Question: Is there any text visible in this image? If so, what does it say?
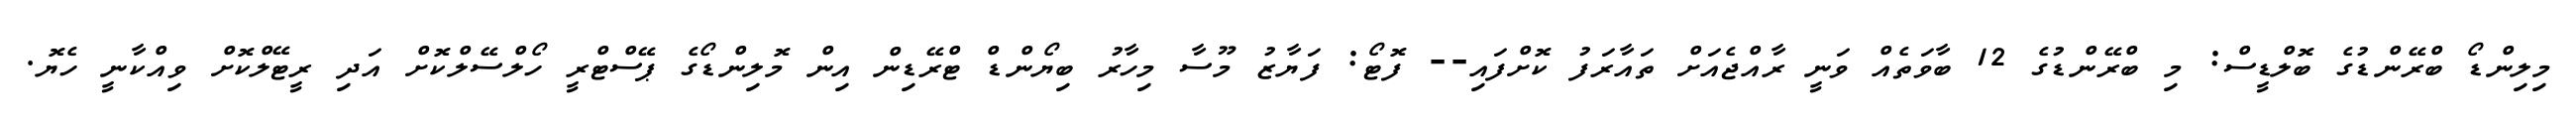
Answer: މިލިންޑޯ ބްރޭންޑުގެ ބޮލްޑީސް: މި ބްރޭންޑުގެ 12 ބާވަތެއް ވަނީ ރާއްޖެއަށް ތައާރަފު ކޮށްފައި-- ފޮޓޯ: ފަޔާޒު މޫސާ މިހާރު ބިޔޯންޑް ޓްރޭޑިން އިން މޮލިންޑޯގެ ޕޭސްޓްރީ ހޯލްސޭލްކޮށް އަދި ރީޓޭލްކޮށް ވިއްކާނީ ހެޔޮ.